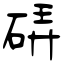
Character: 硦